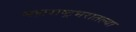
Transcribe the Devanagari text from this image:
महाराष्ट्रभरातल्या